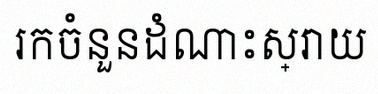
រកចំនួនដំណោះស្រាយ